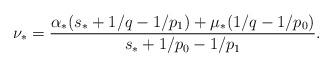
LaTeX: \begin{align*}\nu_* = \frac{\alpha_*(s_*+1/q‐1/p_1)+\mu_*(1/q‐1/p_0)}{s_*+1/p_0‐1/p_1}.\end{align*}